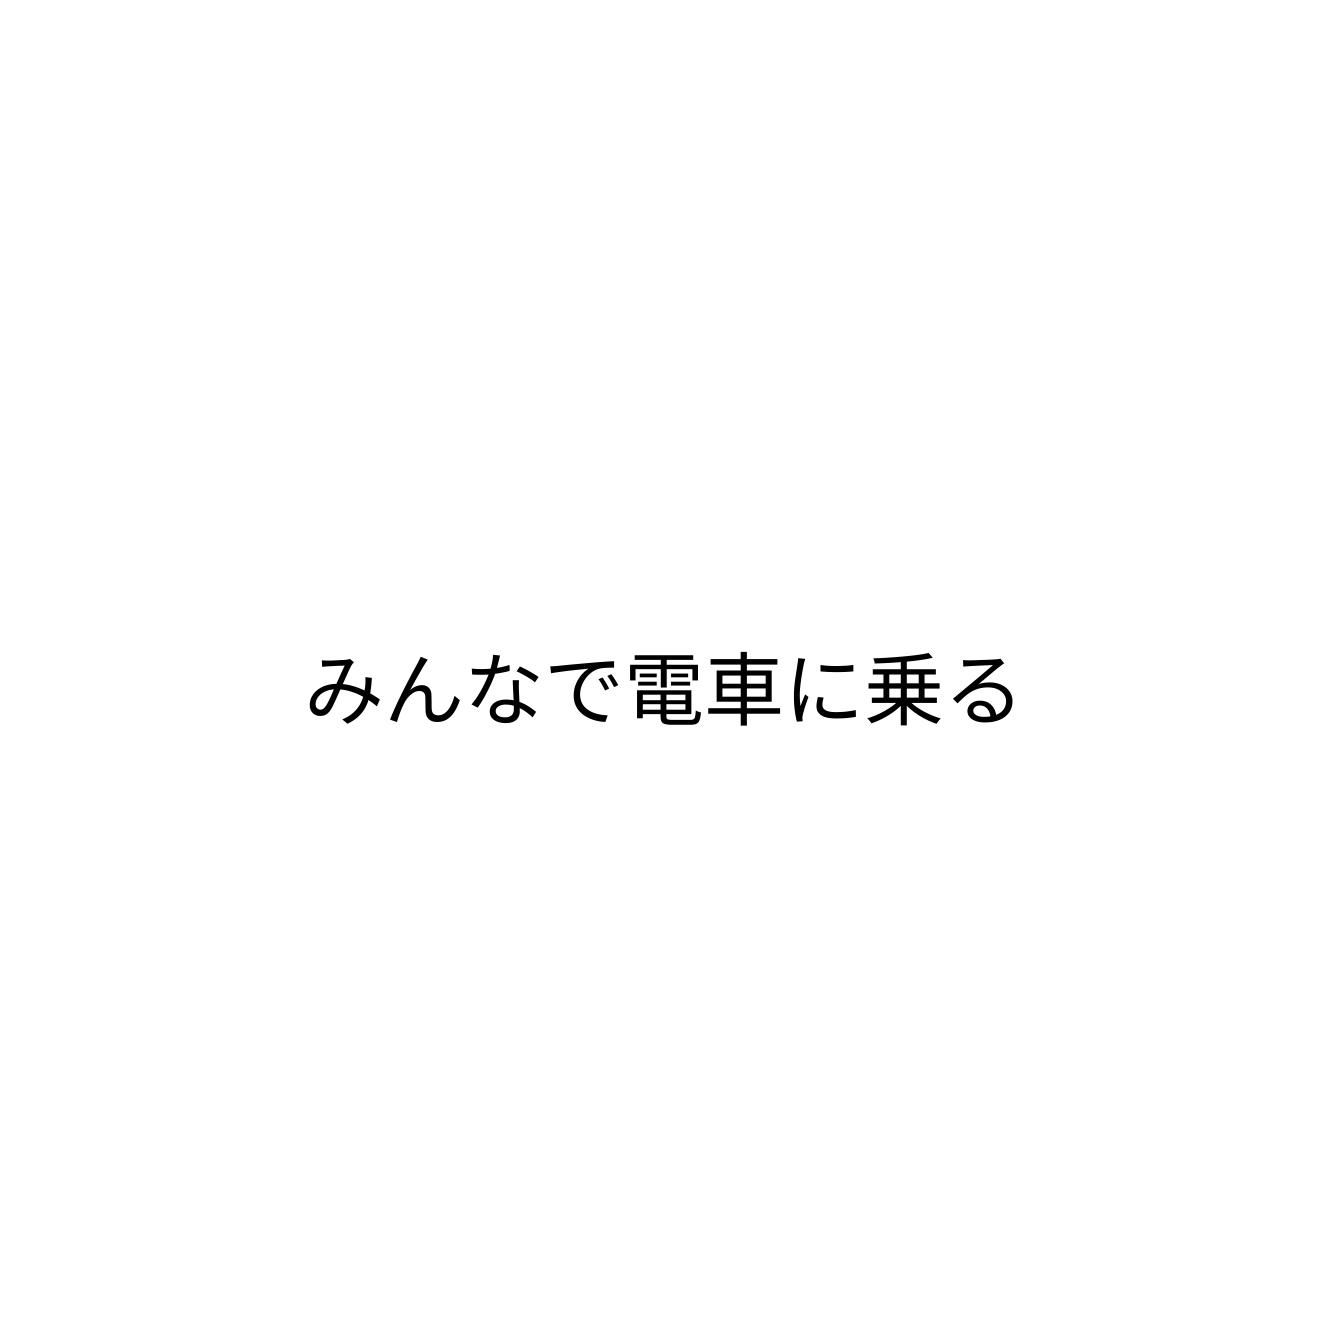
みんなで電車に乗る